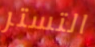
التستر